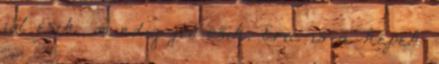
jól esik, mindig jól esik. Eric is a képek